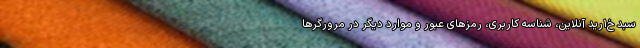
سبد خ۱رید آنلاین، شناسه کاربری، رمز‌های عبور و موارد دیگر در مرورگر‌ها